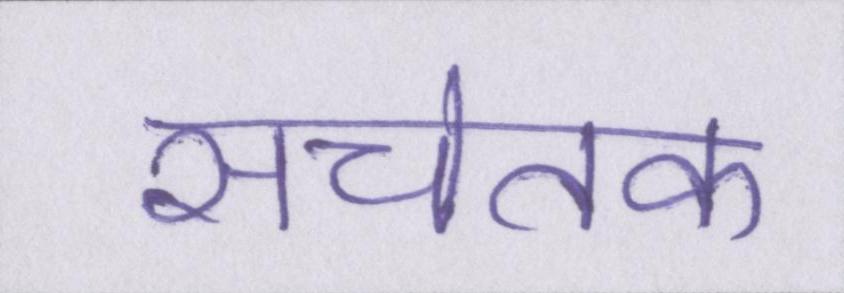
सचेतक